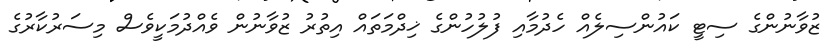
ޒުވާނުންގެ ސިޓީ ކައުންސިލެއް ހެދުމާއި ފުލުހުންގެ ޚިދްމަތައް އިތުރު ޒުވާނުން ވެއްދުމަކީވެސް މިސަރުކާރުގެ